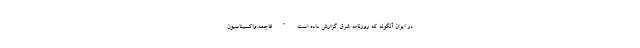
در ايران آنگونه كه روزنامه شرق گزارش داده است " فاجعه واکسیناسیون